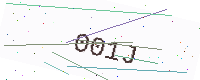
Text: 001J